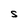
Character: s